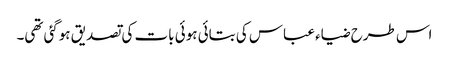
اس طرح ضیاء عباس کی بتائی ہوئی بات کی تصدیق ہوگئی تھی۔